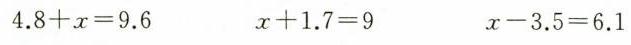
$$4.8 + x = 9.6$$ $$x + 1.7 = 9$$ $$x - 3.5 = 6.1$$